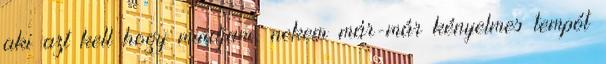
aki azt kell hogy mindjam, nekem már-már kényelmes tempót